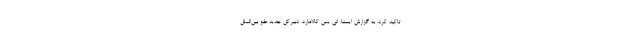
تاکید کرد. به گزارش ایسنا، انی یس کالامارد، دبیرکل جدید عفو بین‌الملل